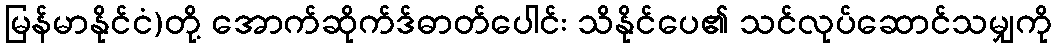
မြန်မာနိုင်ငံ)တို့ အောက်ဆိုက်ဒ်ဓာတ်ပေါင်း သိနိုင်ပေ၏ သင်လုပ်ဆောင်သမျှကို